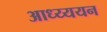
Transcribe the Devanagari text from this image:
आध्य्ययन